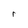
Character: r